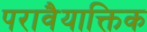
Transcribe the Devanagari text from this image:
परावैयाक्तिक